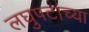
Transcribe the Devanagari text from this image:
लघुपटांच्या